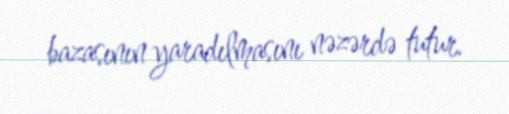
bazasının yaradılmasını nəzərdə tutur.